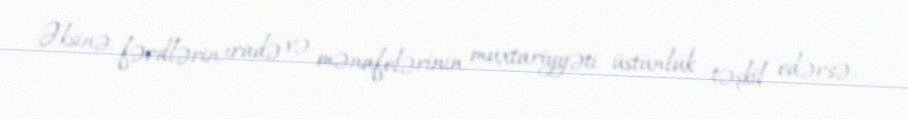
Əksinə, fərdlərin iradə və mənafelərinin muxtariyyəti üstünlük təşkil edərsə,